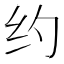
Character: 约